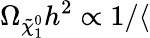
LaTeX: \Omega_{\tilde{\chi}_{1}^{0}}h^{2}\propto 1/\langle